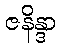
ဇနိန္ဒာ